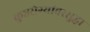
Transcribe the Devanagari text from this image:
कुष्ठरोग्यांवरसुद्धा